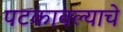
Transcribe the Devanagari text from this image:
पटकावल्याचे